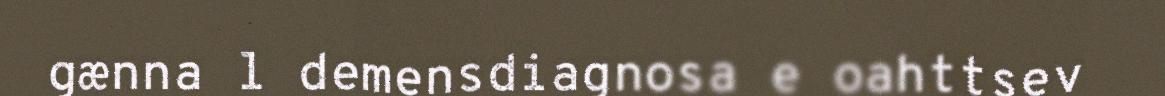
gænna l demensdiagnosa e oahttsev